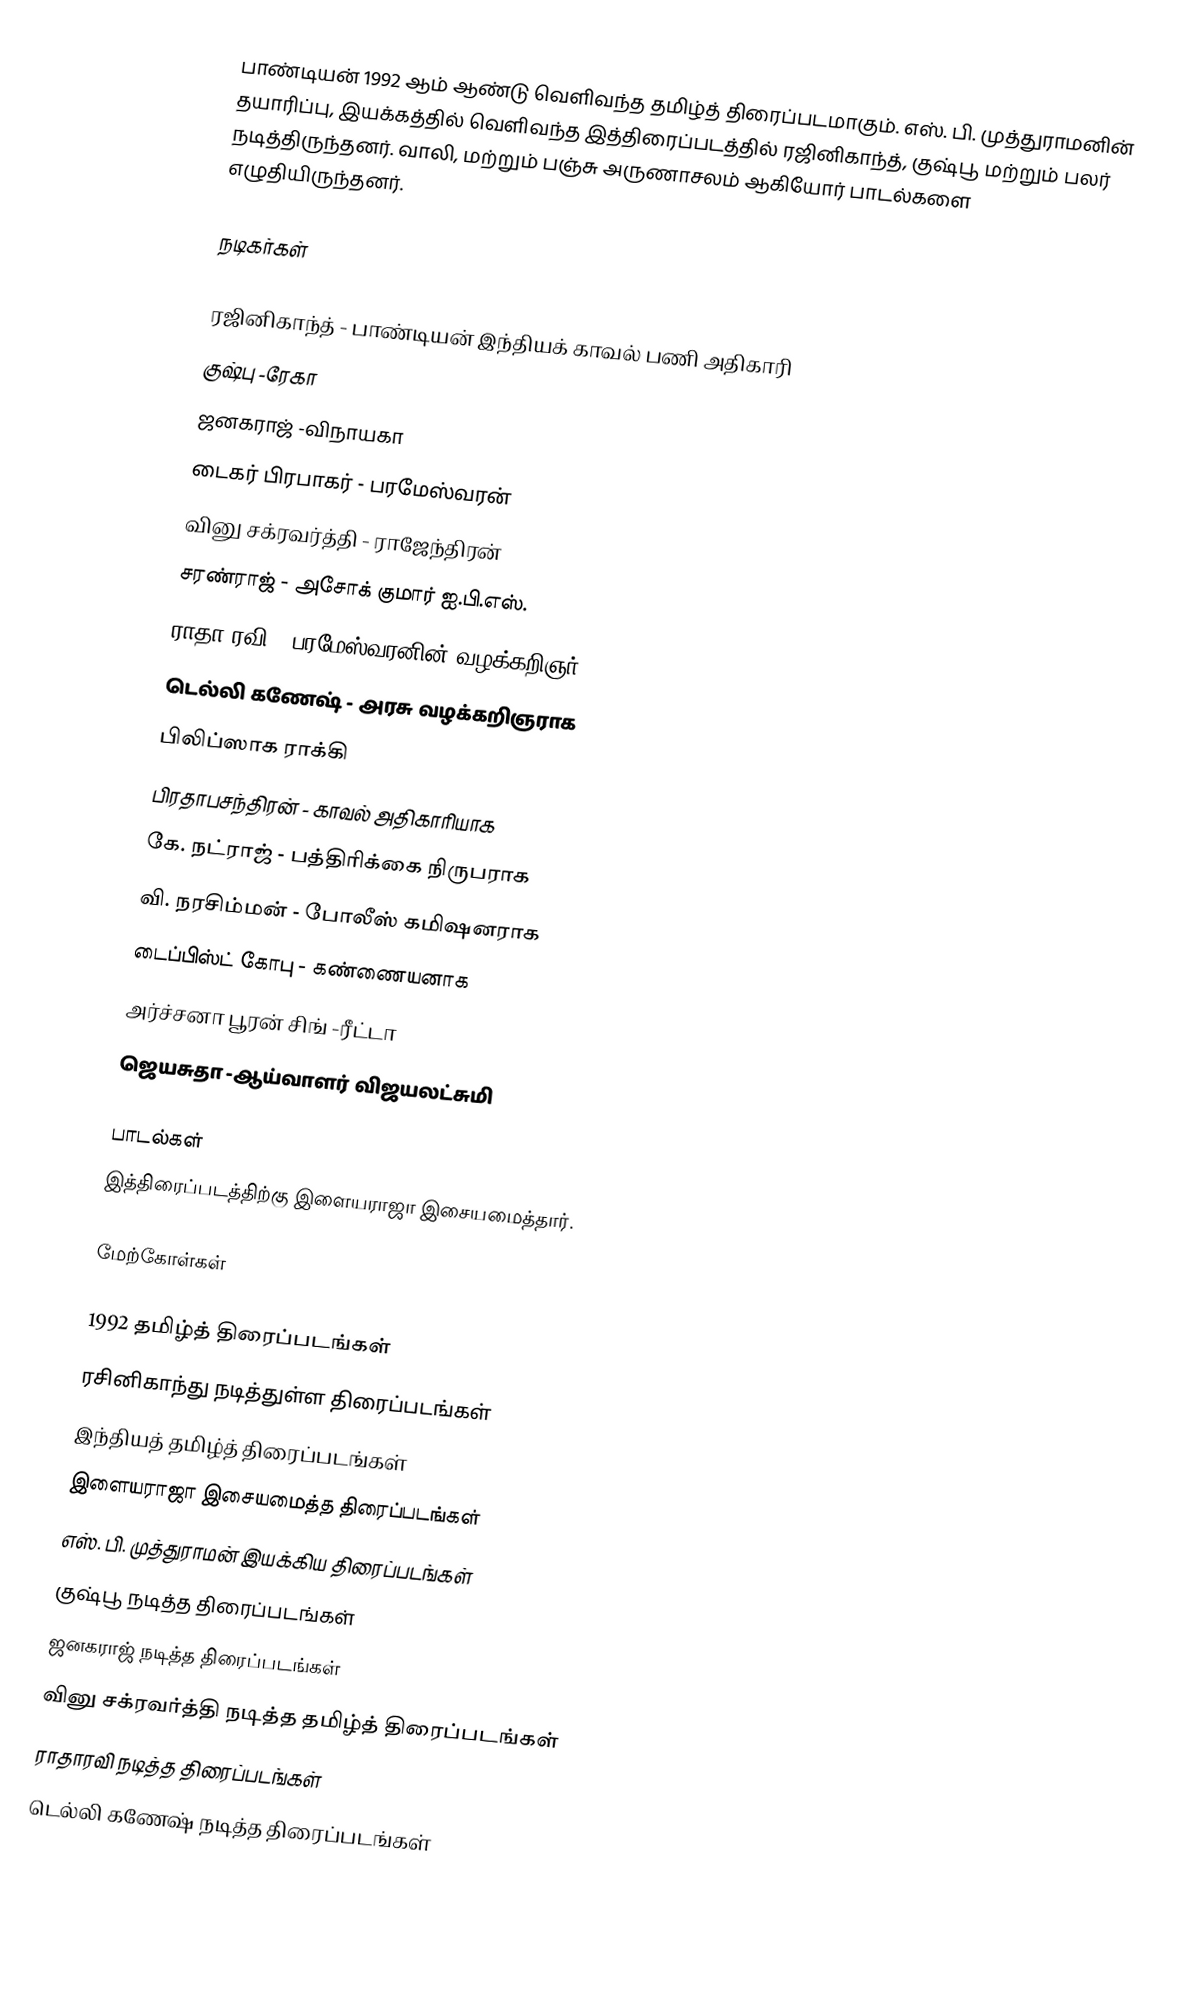
பாண்டியன் 1992 ஆம் ஆண்டு வெளிவந்த தமிழ்த் திரைப்படமாகும். எஸ். பி. முத்துராமனின் தயாரிப்பு, இயக்கத்தில் வெளிவந்த இத்திரைப்படத்தில் ரஜினிகாந்த், குஷ்பூ மற்றும் பலர் நடித்திருந்தனர். வாலி, மற்றும் பஞ்சு அருணாசலம் ஆகியோர் பாடல்களை எழுதியிருந்தனர்.

நடிகர்கள்

 ரஜினிகாந்த் - பாண்டியன் இந்தியக் காவல் பணி அதிகாரி
 குஷ்பு -ரேகா
 ஜனகராஜ் -விநாயகா
 டைகர் பிரபாகர் - பரமேஸ்வரன்
 வினு சக்ரவர்த்தி - ராஜேந்திரன்
 சரண்ராஜ் - அசோக் குமார் ஐ.பி.எஸ்.
 ராதா ரவி - பரமேஸ்வரனின் வழக்கறிஞர்
 டெல்லி கணேஷ் - அரசு வழக்கறிஞராக
 பிலிப்ஸாக ராக்கி
 பிரதாபசந்திரன் - காவல் அதிகாரியாக
 கே. நட்ராஜ் - பத்திரிக்கை நிருபராக
 வி. நரசிம்மன் - போலீஸ் கமிஷனராக
 டைப்பிஸ்ட் கோபு - கண்ணையனாக
 அர்ச்சனா பூரன் சிங் -ரீட்டா
 ஜெயசுதா -ஆய்வாளர் விஜயலட்சுமி

பாடல்கள்
இத்திரைப்படத்திற்கு இளையராஜா இசையமைத்தார்.

மேற்கோள்கள்

1992 தமிழ்த் திரைப்படங்கள்
ரசினிகாந்து நடித்துள்ள திரைப்படங்கள்
இந்தியத் தமிழ்த் திரைப்படங்கள்
இளையராஜா இசையமைத்த திரைப்படங்கள்
எஸ். பி. முத்துராமன் இயக்கிய திரைப்படங்கள்
குஷ்பூ நடித்த திரைப்படங்கள்
ஜனகராஜ் நடித்த திரைப்படங்கள்
வினு சக்ரவர்த்தி நடித்த தமிழ்த் திரைப்படங்கள்
ராதாரவி நடித்த திரைப்படங்கள்
டெல்லி கணேஷ் நடித்த திரைப்படங்கள்